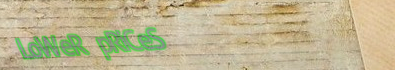
LoWeR pRiCeS